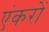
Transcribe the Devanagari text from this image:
एंकरों